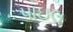
પાઇલ